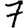
Digit: 7